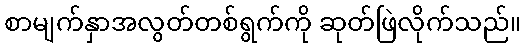
စာမျက်နှာအလွတ်တစ်ရွက်ကို ဆုတ်ဖြဲလိုက်သည်။